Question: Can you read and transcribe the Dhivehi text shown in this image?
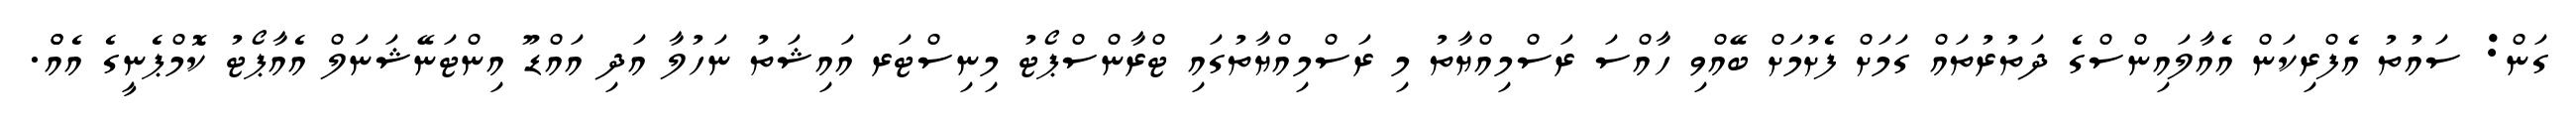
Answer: ގަން: ސައުތު އެފްރިކަން އެއާލައިންސްގެ ދަތުރުތައް ގަމަށް ފެށުމަށް ބޭއްވި ހާއްސަ ރަސްމިއްޔާތު މި ރަސްމިއްޔާތުގައި ޓްރާންސްޕޯޓު މިނިސްޓަރ އައިޝަތު ނަހުލާ އަދި އައްޑޫ އިންޓަނޭޝަނަލް އެއާޕޯޓު ކޮމްޕެނީގެ އެއްް.